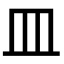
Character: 皿